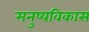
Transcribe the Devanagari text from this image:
मनुष्यविकास